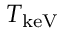
T _ { \mathrm { k e V } }